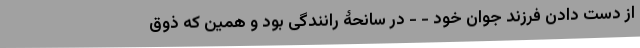
از دست دادن فرزند جوان خود - - در سانحۀ رانندگی بود و همین که ذوق